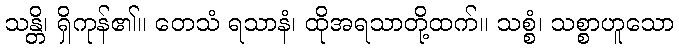
သန္တိ၊ ရှိကုန်၏။ တေသံ ရသာနံ၊ ထိုအရသာတို့ထက်။ သစ္စံ၊ သစ္စာဟူသော